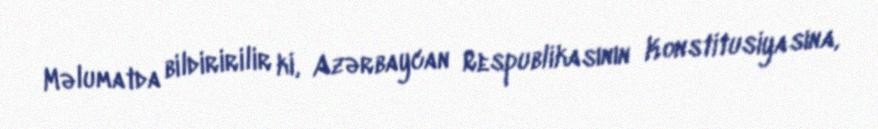
Məlumatda bildiririlir ki, Azərbaycan Respublikasının Konstitusiyasına,